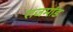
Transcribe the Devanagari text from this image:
राजमांड